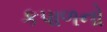
કપાળનો